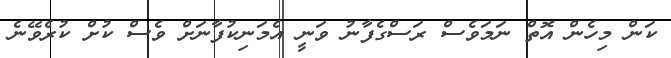
ކަން މިހެން އޮތް ނަމަވެސް ރަސްގެފާނު ވަނީ އެމަނިކުފާނަށް ވެސް ކުށް ކުރެވޭނެ